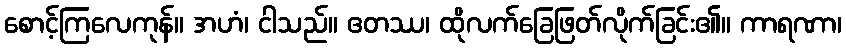
စောင့်ကြလေကုန်။ အဟံ၊ ငါသည်။ ဧတဿ၊ ထိုလက်ခြေဖြတ်လိုက်ခြင်း၏။ ကာရဏာ၊